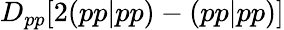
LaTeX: D_{pp}[2(pp|pp)-(pp|pp)]